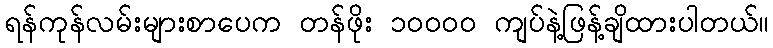
ရန်ကုန်လမ်းများစာပေက တန်ဖိုး ၁၀၀၀၀ ကျပ်နဲ့ဖြန့်ချိထားပါတယ်။